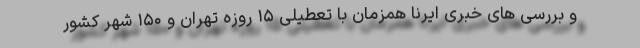
و بررسی های خبری ایرنا همزمان با تعطیلی ۱۵ روزه تهران و ۱۵۰ شهر کشور